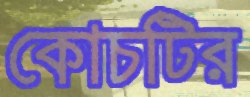
কোচটির